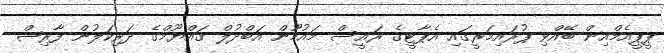
ޕީޕީއެމްއިން ބޭއްވި ޕުރައިމަރީގައި އެޕާޓީގެ ރައީސް މައުމޫން އަބްދުލް ގައްޔޫމްގެ ދަރިކަލުން ފާރިޝް